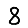
Digit: 8